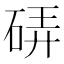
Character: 硦